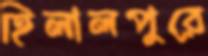
হিলালপুরে